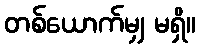
တစ်ယောက်မျှ မရှိ။